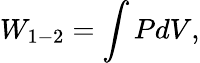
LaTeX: W_{1-2}=\int PdV,